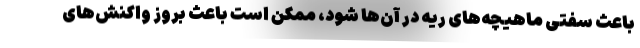
باعث سفتی ماهیچه‌های ریه در آن‌ها شود، ممکن است باعث بروز واکنش‌های